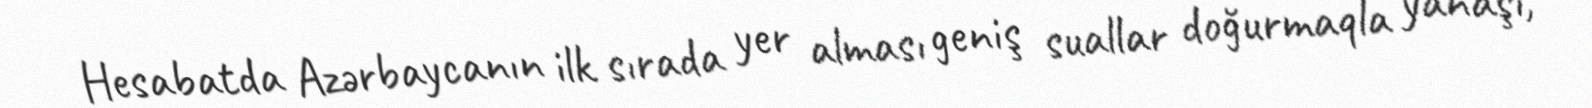
Hesabatda Azərbaycanın ilk sırada yer alması geniş suallar doğurmaqla yanaşı,